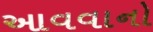
આવવાનો